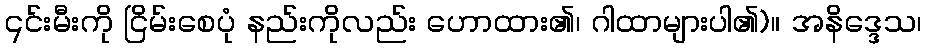
၎င်းမီးကို ငြိမ်းစေပုံ နည်းကိုလည်း ဟောထား၏၊ ဂါထာများပါ၏)။ အနိဒ္ဒေသ၊